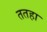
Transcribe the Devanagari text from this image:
ततहा